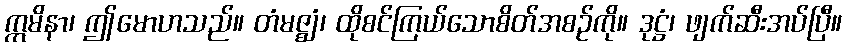
ဣမိနာ၊ ဤမောဟသည်။ တံမဇ္ဈံ၊ ထိုစင်ကြယ်သောစိတ်အစဉ်ကို။ ဒုဋ္ဌံ၊ ဖျက်ဆီးအပ်ပြီ။